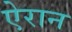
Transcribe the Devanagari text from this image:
ऐरान